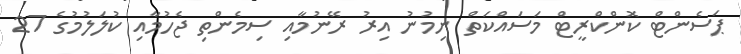
ޕަސެންޓް ކޮންކްރީޓް މަސައްކަތް ނިމުނު އިރު ރޭނުމާއި ސިމެންތި ޖެހުމާއި ކުލަލުމުގެ 27